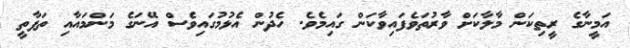
އަމީނާގެ ރީތިކަން މާލާކަށް ވާރުތަވެފައިވާކަން ގައިމެވެ. ހެދުން އެޅުމުގައިވެސް އޭނަގެ މަންމައާއި ތަފާތީ